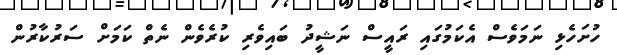
ހުށަހެޅި ނަމަވެސް އެކަމުގައި ރައީސް ނަޝީދު ބައިވެރި ކުރެވެން ނެތް ކަމަށް ސަރުކާރުން